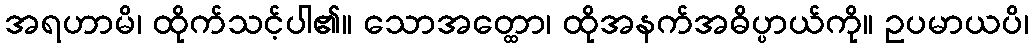
အရဟာမိ၊ ထိုက်သင့်ပါ၏။ သောအတ္ထော၊ ထိုအနက်အဓိပ္ပာယ်ကို။ ဥပမာယပိ၊